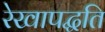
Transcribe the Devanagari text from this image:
रेखापद्धति